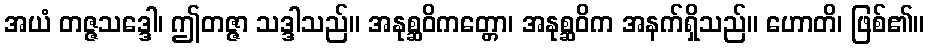
အယံ တဇ္ဇသဒ္ဒေါ၊ ဤတဇ္ဇာ သဒ္ဒါသည်။ အနုစ္ဆဝိကတ္တော၊ အနုစ္ဆဝိက အနက်ရှိသည်။ ဟောတိ၊ ဖြစ်၏။